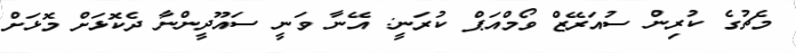
މެޗުގެ ކުރިން ސުއަރޭޒް ވޯމްއަޕް ކުރަނީ: އޭނާ ވަނީ ސައޫދީންނާ ދެކޮޅަށް މޮޅަށް